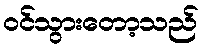
ဝင်သွားတော့သည်